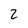
Character: 2